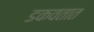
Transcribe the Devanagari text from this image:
डकवतात